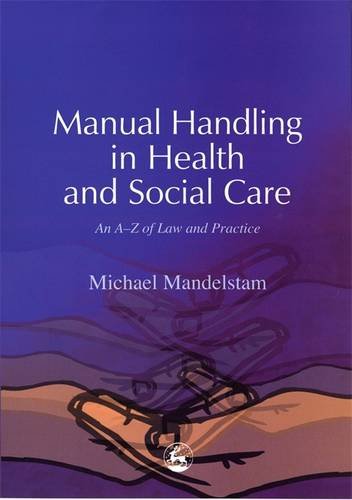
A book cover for Manual Handling in Health and Social Care: An A-Z of Law and Practice; Michael Mandelstam; Medical Books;